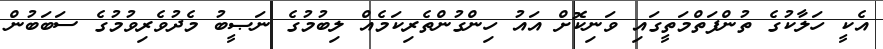
އެކީ ހަލާކުގެ ތުންފަތްމަތީގައި ވަނިކޮށް އައު ހިންގުންތެރިކަމެއް ލިބުމުގެ ނަޞީބު މެދުވެރިވުމުގެ ސަބަބުން